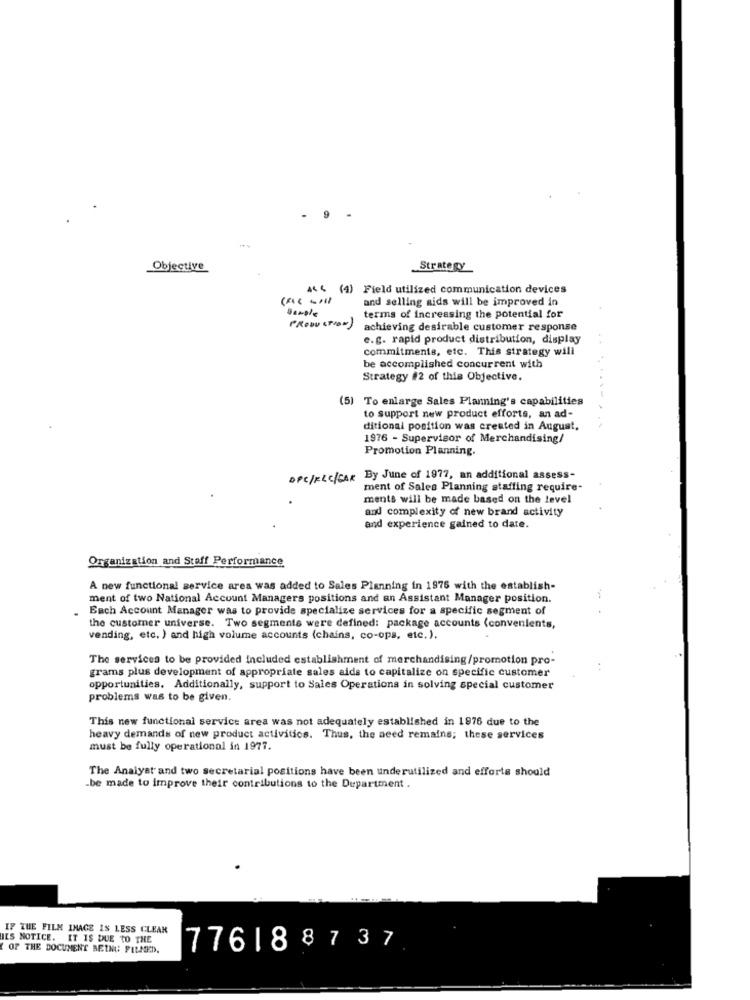
Objective
Strategy
44 4 (4) Field utilized communication devices
and selling aids will be improved in
sample
terms of increasing the potential for
PRODUCTION )
achieving desirable customer response
e.g. rapid product distribution, display
commitments, etc. This strategy will
be accomplished concurrent with
Strategy #2 of this Objective.
(5) To enlarge Sales Planning's capabilities
to support new product efforts, an ad-
ditional position was created in August,
1976 - Supervisor of Merchandising/
Promotion Planning.
DPC/KLC/CAR By June of 1977, an additional assess-
ment of Sales Planning staffing require-
ments will be made based on the level
and complexity of new brand activity
and experience gained to date.
Organization and Staff Performance
A new functional service area was added to Sales Planning in 1975 with the establish-
ment of two National Account Managers positions and an Assistant Manager position.
Each Account Manager was to provide specialize services for a specific segment of
the customer universe. Two segments were defined: package accounts (convenients,
vending, etc. ) and high volume accounts (chains, co-ops, etc. ).
The services to be provided included establishment of merchandising/promotion pro-
grams plus development of appropriate sales aids to capitalize on specific customer
opportunities. Additionally, support to Sales Operations in solving special customer
problems was to be given.
This new functional service area was not adequately established in 1976 due to the
heavy demands of new product activitics. Thus, the need remains; these services
must be fully operational in 1977.
The Analyst and two secretarial positions have been underutilized and efforts should
.be made to improve their contributions to the Department .
IF THE FILM IMAGE IS LESS CLEAR
JES NOTICE. IT IS DUE TO THE
OF THE DOCUMENT BEING PILNIED.
776188737